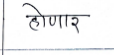
मजकूर: होणार